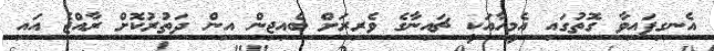
އެނގިފައިވާ ގޮތުގައި އެމީހާއަކީ ޗައިނާގެ ވެރިރަށް ބެއިޖިން އިން ދަތުރުކޮށް ރާއްޖެ އައި